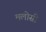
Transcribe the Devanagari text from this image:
मलोसी